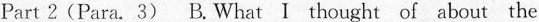
Part 2(Para. 3) B.What I thought of about the